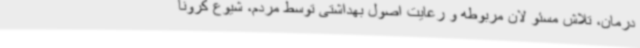
درمان، تلاش مسئو لان مربوطه و رعایت اصول بهداشتی توسط مردم، شیوع کرونا